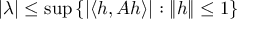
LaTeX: | \lambda | \leq \operatorname* { s u p } \left\{ | \langle h , A h \rangle | : \| h \| \leq 1 \right\}